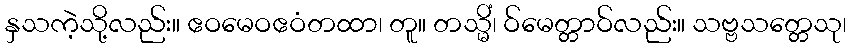
နှသကဲ့သို့လည်း။ ဧဝမေဝဧဝံတထာ၊ တူ။ တသ္မိံ၊ ဝ်မေတ္တာဝ်လည်း။ သဗ္ဗသတ္တေသု၊